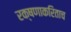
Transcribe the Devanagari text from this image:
रक्षणाकरिताच